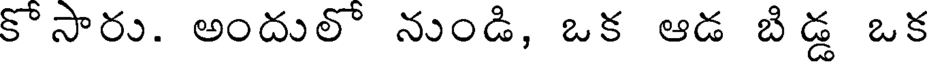
కొసారు. అందులొ నుండి, ఒక ఆడ బిడ్డ ఒక